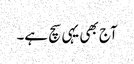
آج بھی یہی سچ ہے۔